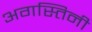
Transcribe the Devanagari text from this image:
अगस्तिनी